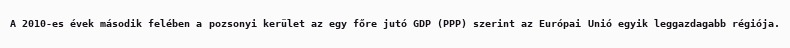
A 2010-es évek második felében a pozsonyi kerület az egy főre jutó GDP (PPP) szerint az Európai Unió egyik leggazdagabb régiója.